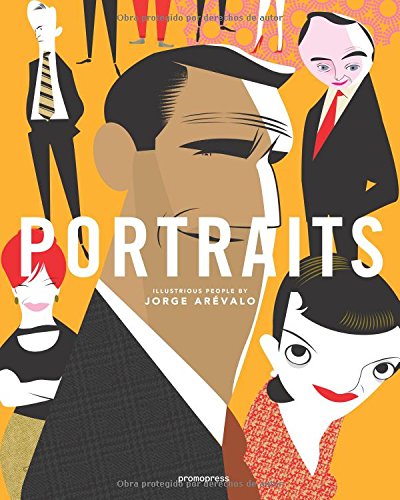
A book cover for Portraits; Jorge ArÃ©valo; Arts & Photography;